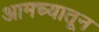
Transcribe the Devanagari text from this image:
आमच्यातून